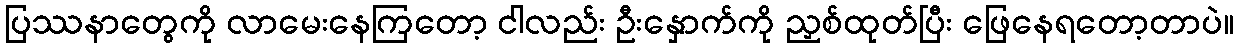
ပြဿနာတွေကို လာမေးနေကြတော့ ငါလည်း ဦးနှောက်ကို ညှစ်ထုတ်ပြီး ဖြေနေရတော့တာပဲ။